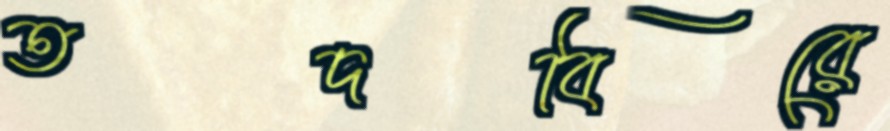
তদবিরে